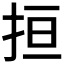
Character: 𢬎